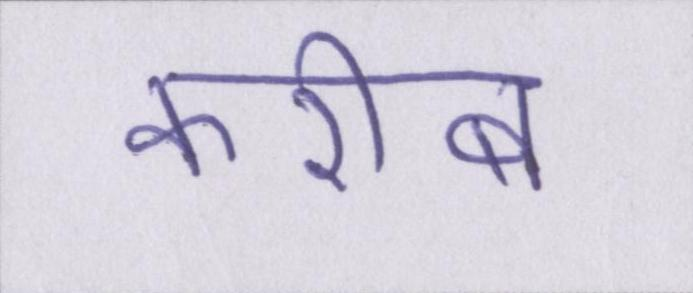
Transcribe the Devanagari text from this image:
करीब